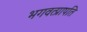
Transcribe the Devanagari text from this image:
भगवत्प्रापति